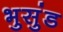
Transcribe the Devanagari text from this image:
भुसुंड